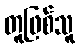
တူဖြစ်သူ